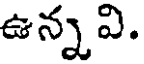
ఉన్న వి.